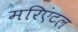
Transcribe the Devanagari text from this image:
मरिएंटल